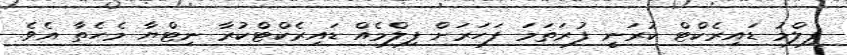
ފިލްމު ޑައިރެކްޓް ކުރަނީ ފުރަތަމަ ފަހަރަށް ފިލްމެއް ޑައިރެކްޓްކުރާ ނިޓްޔާ މެހެތާ އެވެ.